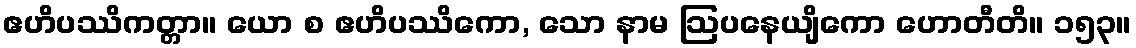
ဧဟိပဿိကတ္တာ။ ယော စ ဧဟိပဿိကော, သော နာမ ဩပနေယျိကော ဟောတီတိ။ ၁၅၃။